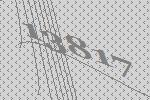
13817